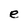
Character: e